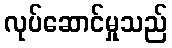
လုပ်ဆောင်မှုသည်